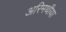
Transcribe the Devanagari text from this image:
अरिमथीया